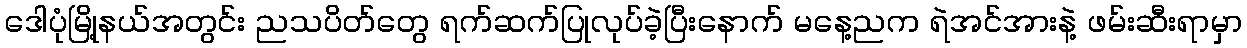
ဒေါပုံမြို့နယ်အတွင်း ညသပိတ်တွေ ရက်ဆက်ပြုလုပ်ခဲ့ပြီးနောက် မနေ့ညက ရဲအင်အားနဲ့ ဖမ်းဆီးရာမှာ